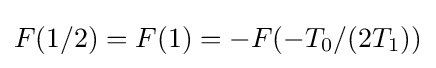
F(1/2)=F(1)=-F(-T_{0}/(2T_{1}))